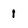
Character: 1